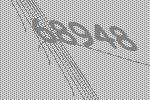
68948